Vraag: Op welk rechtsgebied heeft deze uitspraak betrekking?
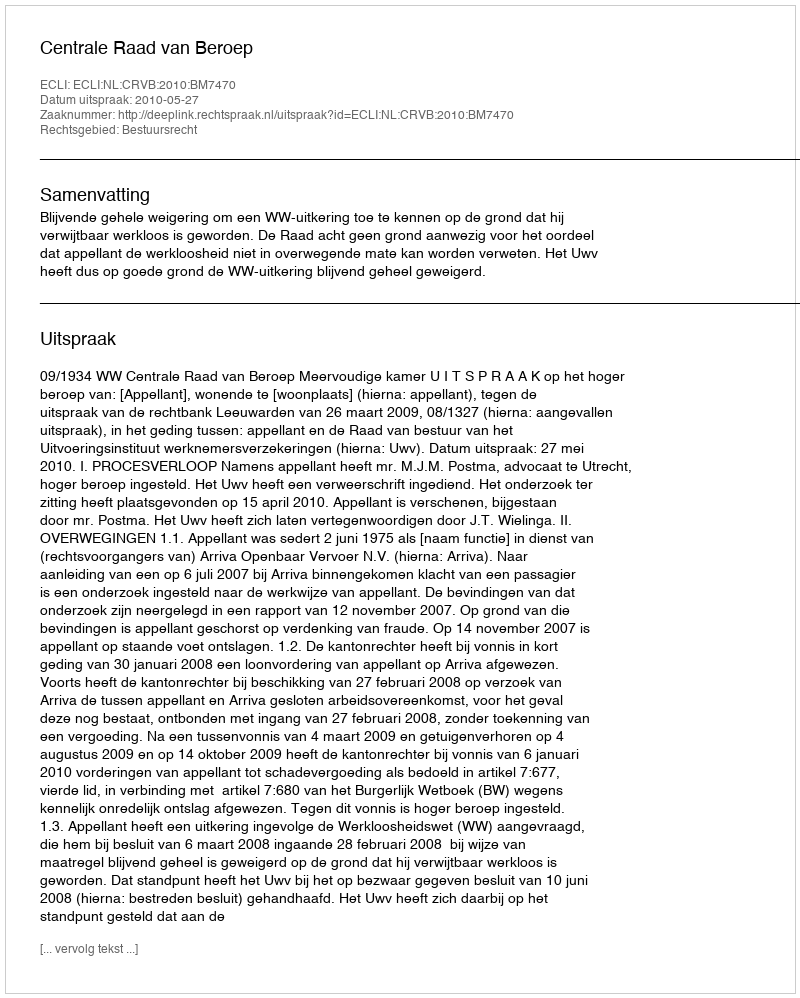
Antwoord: Bestuursrecht